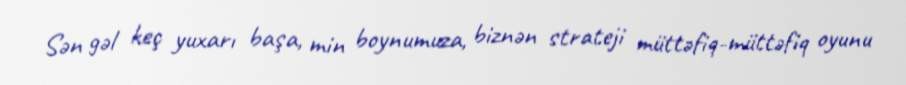
Sən gəl keç yuxarı başa, min boynumuza, biznən strateji müttəfiq-müttəfiq oyunu